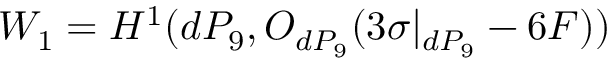
W _ { 1 } = H ^ { 1 } ( d P _ { 9 } , { \cal O } _ { d P _ { 9 } } ( 3 \sigma | _ { d P _ { 9 } } - 6 F ) )